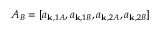
A _ { B } = [ a _ { { \bf k } , 1 A } , a _ { { \bf k } , 1 B } , a _ { { \bf k } , 2 A } , a _ { { \bf k } , 2 B } ]